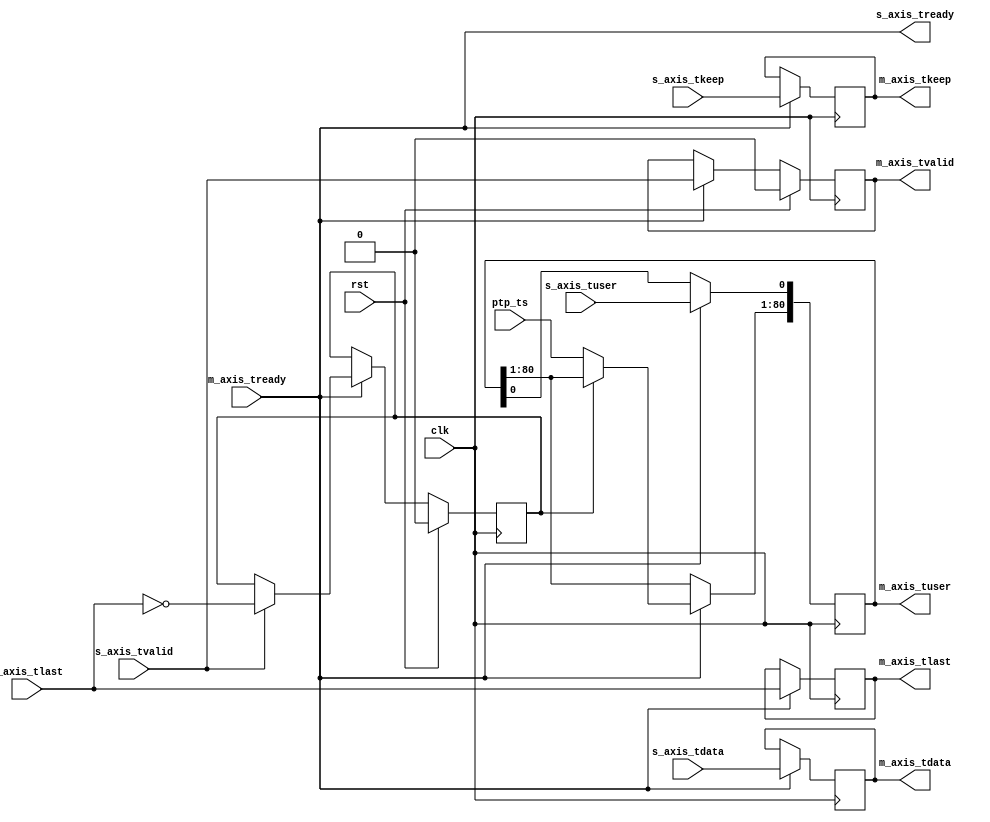
/*

Copyright 2022, The Regents of the University of California.
All rights reserved.

Redistribution and use in source and binary forms, with or without
modification, are permitted provided that the following conditions are met:

   1. Redistributions of source code must retain the above copyright notice,
      this list of conditions and the following disclaimer.

   2. Redistributions in binary form must reproduce the above copyright notice,
      this list of conditions and the following disclaimer in the documentation
      and/or other materials provided with the distribution.

THIS SOFTWARE IS PROVIDED BY THE REGENTS OF THE UNIVERSITY OF CALIFORNIA ''AS
IS'' AND ANY EXPRESS OR IMPLIED WARRANTIES, INCLUDING, BUT NOT LIMITED TO, THE
IMPLIED WARRANTIES OF MERCHANTABILITY AND FITNESS FOR A PARTICULAR PURPOSE ARE
DISCLAIMED. IN NO EVENT SHALL THE REGENTS OF THE UNIVERSITY OF CALIFORNIA OR
CONTRIBUTORS BE LIABLE FOR ANY DIRECT, INDIRECT, INCIDENTAL, SPECIAL,
EXEMPLARY, OR CONSEQUENTIAL DAMAGES (INCLUDING, BUT NOT LIMITED TO, PROCUREMENT
OF SUBSTITUTE GOODS OR SERVICES; LOSS OF USE, DATA, OR PROFITS; OR BUSINESS
INTERRUPTION) HOWEVER CAUSED AND ON ANY THEORY OF LIABILITY, WHETHER IN
CONTRACT, STRICT LIABILITY, OR TORT (INCLUDING NEGLIGENCE OR OTHERWISE) ARISING
IN ANY WAY OUT OF THE USE OF THIS SOFTWARE, EVEN IF ADVISED OF THE POSSIBILITY
OF SUCH DAMAGE.

The views and conclusions contained in the software and documentation are those
of the authors and should not be interpreted as representing official policies,
either expressed or implied, of The Regents of the University of California.

*/

// Language: Verilog 2001

`resetall
`timescale 1ns / 1ps
`default_nettype none

/*
 * MAC PTP TS insert module
 */
module mac_ts_insert #
(
    // PTP TS width
    parameter PTP_TS_WIDTH = 80,
    // Width of AXI stream interfaces in bits
    parameter DATA_WIDTH = 512,
    // tkeep signal width (words per cycle)
    parameter KEEP_WIDTH = (DATA_WIDTH/8),
    // input tuser signal width
    parameter S_USER_WIDTH = 1,
    // output tuser signal width
    parameter M_USER_WIDTH = S_USER_WIDTH+PTP_TS_WIDTH
)
(
    input  wire                     clk,
    input  wire                     rst,

    /*
     * PTP TS input
     */
    input  wire [PTP_TS_WIDTH-1:0]  ptp_ts,

    /*
     * AXI input
     */
    input  wire [DATA_WIDTH-1:0]    s_axis_tdata,
    input  wire [KEEP_WIDTH-1:0]    s_axis_tkeep,
    input  wire                     s_axis_tvalid,
    output wire                     s_axis_tready,
    input  wire                     s_axis_tlast,
    input  wire [S_USER_WIDTH-1:0]  s_axis_tuser,

    /*
     * AXI output
     */
    output wire [DATA_WIDTH-1:0]    m_axis_tdata,
    output wire [KEEP_WIDTH-1:0]    m_axis_tkeep,
    output wire                     m_axis_tvalid,
    input  wire                     m_axis_tready,
    output wire                     m_axis_tlast,
    output wire [M_USER_WIDTH-1:0]  m_axis_tuser
);

// check configuration
initial begin
    if (KEEP_WIDTH * 8 != DATA_WIDTH) begin
        $error("Error: AXI stream interface requires byte (8-bit) granularity (instance %m)");
        $finish;
    end
end

reg [DATA_WIDTH-1:0] axis_tdata_reg = 0;
reg [KEEP_WIDTH-1:0] axis_tkeep_reg = 0;
reg axis_tvalid_reg = 1'b0;
reg axis_tlast_reg = 1'b0;
reg [M_USER_WIDTH-1:0] axis_tuser_reg = 0;

reg frame_reg = 1'b0;

assign s_axis_tready = m_axis_tready;

assign m_axis_tdata = axis_tdata_reg;
assign m_axis_tkeep = axis_tkeep_reg;
assign m_axis_tvalid = axis_tvalid_reg;
assign m_axis_tlast = axis_tlast_reg;
assign m_axis_tuser = axis_tuser_reg;

always @(posedge clk) begin
    if (s_axis_tready) begin
        if (s_axis_tvalid) begin
            frame_reg <= !s_axis_tlast;
        end

        axis_tdata_reg <= s_axis_tdata;
        axis_tkeep_reg <= s_axis_tkeep;
        axis_tvalid_reg <= s_axis_tvalid;
        axis_tlast_reg <= s_axis_tlast;
        axis_tuser_reg[S_USER_WIDTH-1:0] <= s_axis_tuser;

        if (!frame_reg) begin
            axis_tuser_reg[S_USER_WIDTH +: PTP_TS_WIDTH] <= ptp_ts;
        end
    end

    if (rst) begin
        frame_reg <= 1'b0;
        axis_tvalid_reg <= 1'b0;
    end
end

endmodule

`resetall